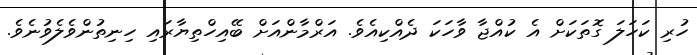
ހުރި ކަހަލަ ގޮތަކަށް އެ ކުއްޖާ ވާހަކަ ދެއްކިއެވެ. އަރްމާންއަށް ބޭއިހްތިޔާރައި ހިނިތުންވެލެވުނެވެ.